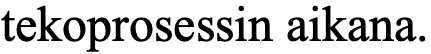
tekoprosessin aikana.